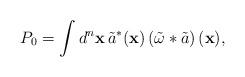
LaTeX: \begin{align*} P_{0}=\int d^n \mathbf{x} \, \tilde{a}^*(\mathbf{x}) \left(\tilde{\omega}\ast\tilde{a}\right) (\mathbf{x} ),\end{align*}